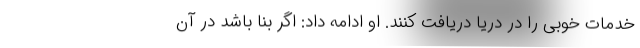
خدمات خوبی را در دریا دریافت کنند. او ادامه داد: اگر بنا باشد در آن